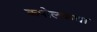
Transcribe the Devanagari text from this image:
कपोलकथा